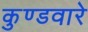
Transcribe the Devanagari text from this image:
कुण्डवारे